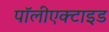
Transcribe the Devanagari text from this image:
पॉलीएक्टाइड